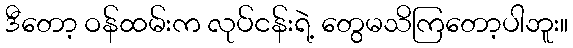
ဒီတော့ ဝန်ထမ်းက လုပ်ငန်းရဲ့ တွေမသိကြတော့ပါဘူး။